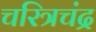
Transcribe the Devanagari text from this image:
चरित्रचंद्र